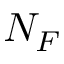
N _ { F }